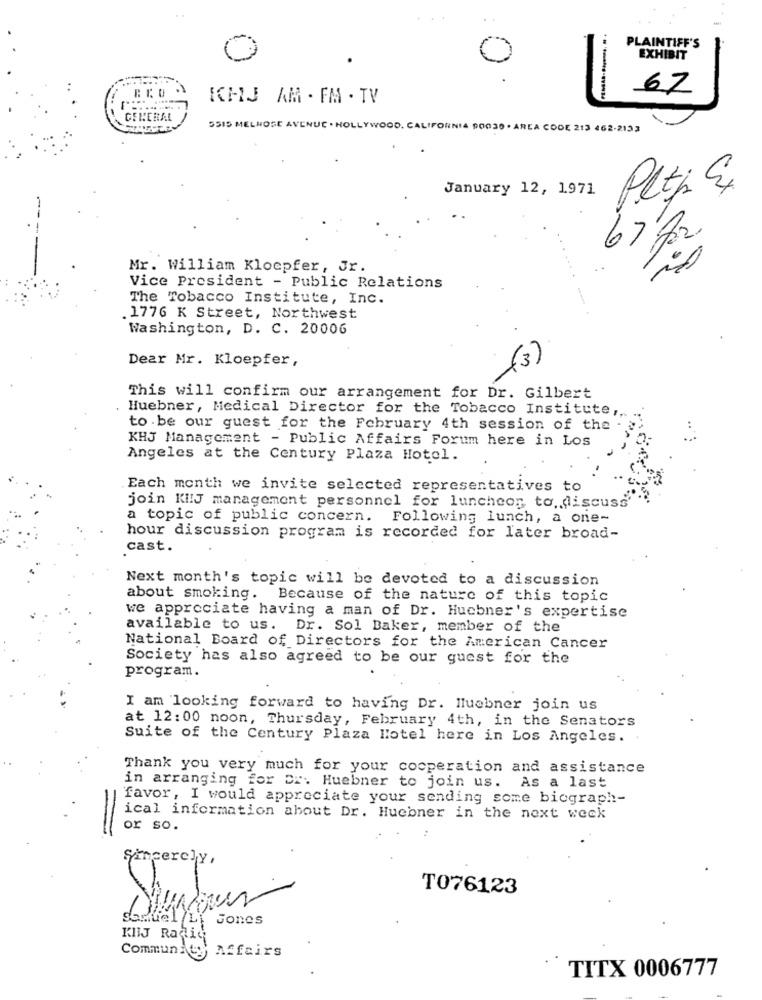
PLAINTIFF'S
EXHIBIT
KI-IJ AM - FM . TV
67
GENERAL
5515 MELROSE AVENUE . HOLLYWOOD. CALIFORNIA 90030 . AREA CODE 213 462-2133
January 12, 1971
Pltj &
Mr. William Klocpfer, Jr.
Vice President - Public Relations
The Tobacco Institute, Inc.
1776 K Street, Northwest
Washington, D. C. 20006
Dear Mr. Kloepfer,
This will confirm our arrangement for Dr. Gilbert
Huebner, Medical Director for the Tobacco Institute ,,
to be our guest for the February 4th session of the
KHJ Management - Public Affairs Forum here in Los
Angeles at the Century Plaza Hotel.
.Each month we invite selected representatives to
join KI!J management personnel for luncheon to, discuss'
a topic of public concern.
Following lunch, a one-
hour discussion program is recorded for later broad-
cast.
Next month's topic will be devoted to a discussion
about smoking. Because of the nature of this topic
we appreciate having a man of Dr. Hucbner's expertise
available to us. Dr. Sol Baker, member of the
National Board of Directors for the American Cancer
Society has also agreed to be our guest for the
program.
I am looking forward to having Dr. Huebner join us
at 12:00 noon, Thursday, February 4th, in the Senators
Suite of the Century Plaza Hotel here in Los Angeles. .
Thank you very much for your cooperation and assistance
in arranging for Er. Huebner to join us. As a last
favor, I would appreciate your sending some biograph-
ical information about Dr. Huebner in the next week
or so.
Sincerely,
T076123
samuel /Li Jones
KIIJ Radiq
Community Affairs
TITX 0006777